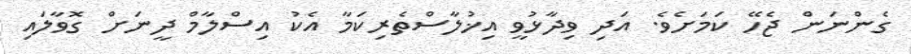
ގެންނަން ޖެހޭ ކަމަށެވެ. އަދި ވިދާޅުވީ އިޚުލާސްތެރިކަމާ އެކު އިސްލާމް ދީނަށް ގޮވާލައި